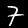
Label: 7